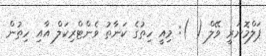
ޕަލްމޮނަރީ ވޭލް ( ): މިއީ ހިތުގެ ކަނާތު ވެންޓްރިކަލް އާއި ހިތުން